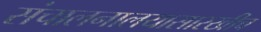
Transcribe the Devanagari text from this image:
संचालनालयासारखीच